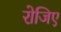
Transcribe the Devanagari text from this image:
रोजिए